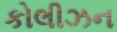
કોલીઝન